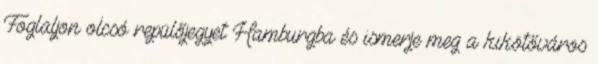
Foglaljon olcsó repülőjegyet Hamburgba és ismerje meg a kikötőváros